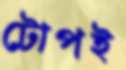
টোপই